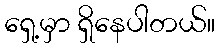
ရှေ့မှာ ရှိနေပါတယ်။